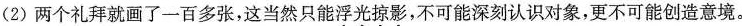
（2）两个礼拜就画了一百多张，这当然只能浮光掠影，不可能深刻认识对象，更不可能创造意境。